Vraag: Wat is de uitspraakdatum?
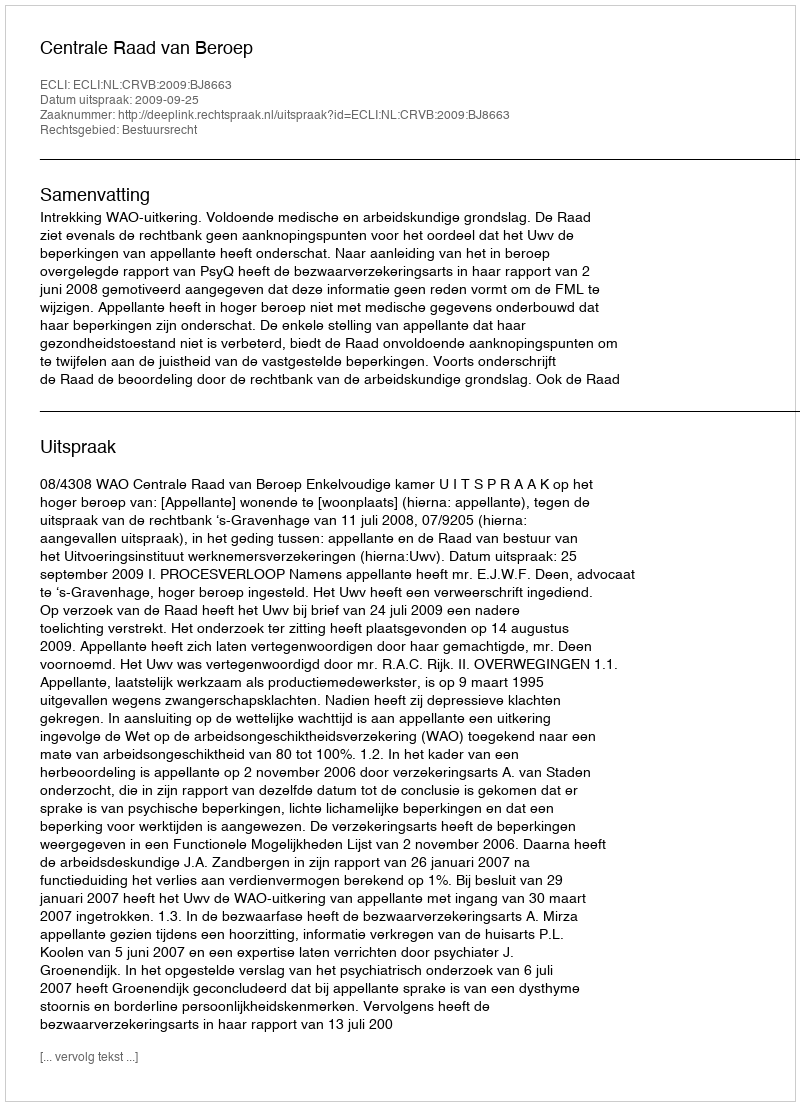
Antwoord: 2009-09-25